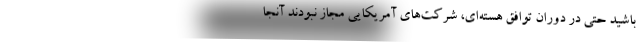
باشید حتی در دوران توافق هسته‌ای، شرکت‌های آمریکایی مجاز نبودند آنجا